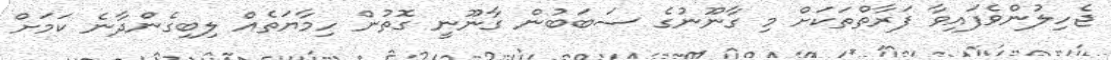
ޖެހިލުންވެފައިވާ ފަރާތްތަކަށް މި ގާނޫނުގެ ސަބަބުން ގާނޫނީ ގޮތުން ހިމާޔަތެއް ލިބިގެންދާނެ ކަމަށް